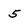
Character: 5